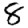
Digit: 8